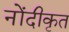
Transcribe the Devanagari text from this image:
नोंदीकृत